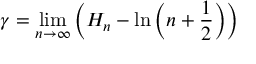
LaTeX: \gamma = \operatorname* { l i m } _ { n \to \infty } { \left( H _ { n } - \ln \left( n + { \frac { 1 } { 2 } } \right) \right) }